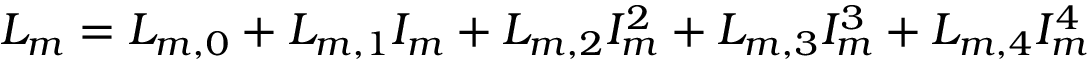
L _ { m } = L _ { m , 0 } + L _ { m , 1 } I _ { m } + L _ { m , 2 } I _ { m } ^ { 2 } + L _ { m , 3 } I _ { m } ^ { 3 } + L _ { m , 4 } I _ { m } ^ { 4 }